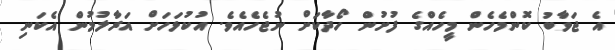
އެ ޖަވާބު ކޮންމެހެން މީހެއްގެ ފުށުން ހޯދާކަށް ނުޖެހެއެވެ. އުކުޅަހަށް އަރާލުމުން އެކަނި